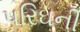
પરિઘની